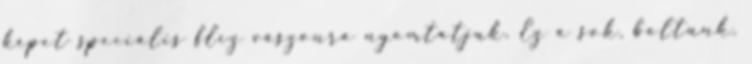
képet speciális flíz vászonra nyomtatjuk. Ez a sok, boltunk.